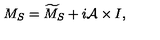
M _ { S } = \widetilde { M } _ { S } + i { \cal A } \times I ,